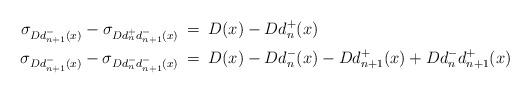
LaTeX: \begin{align*}\sigma_{Dd_{n+1}^-(x)} - \sigma_{Dd_{n}^+d_{n+1}^-(x)}&\:= \: D(x) - Dd_{n}^+(x)\\ \sigma_{Dd_{n+1}^-(x)} - \sigma_{Dd_{n}^-d_{n+1}^-(x)}&\:= \: D(x) - Dd_{n}^-(x) - Dd_{n+1}^+(x) + Dd_{n}^-d_{n+1}^+(x)\end{align*}